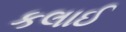
કલાઈ